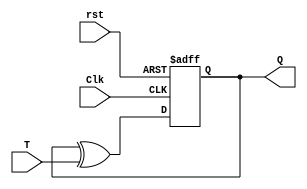
module Toggle_flip_flop_3 (Q, T, Clk, rst);
  output 	Q;
  input	T, Clk, rst;
  reg 	Q;

  always @ (posedge Clk, negedge rst)	
    if (!rst) Q <= 1'b0;
    else  Q <= Q ^ T;	 
endmodule


module Moore_Model_STR_Fig_5_20 (
  output	y_out, A, B, 
  input	x_in, clock, reset
);
  wire	TA, TB;

// Flip-flop input equations
  assign TA = x_in & B;
  assign TB = x_in;
//output equation
  assign y_out = A & B;
// Instantiate Toggle flip-flops
  Toggle_flip_flop_3 M_A (A, TA, clock, reset);
  Toggle_flip_flop_3 M_B (B, TB, clock, reset);

endmodule